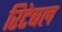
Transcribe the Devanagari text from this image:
रिटेबल